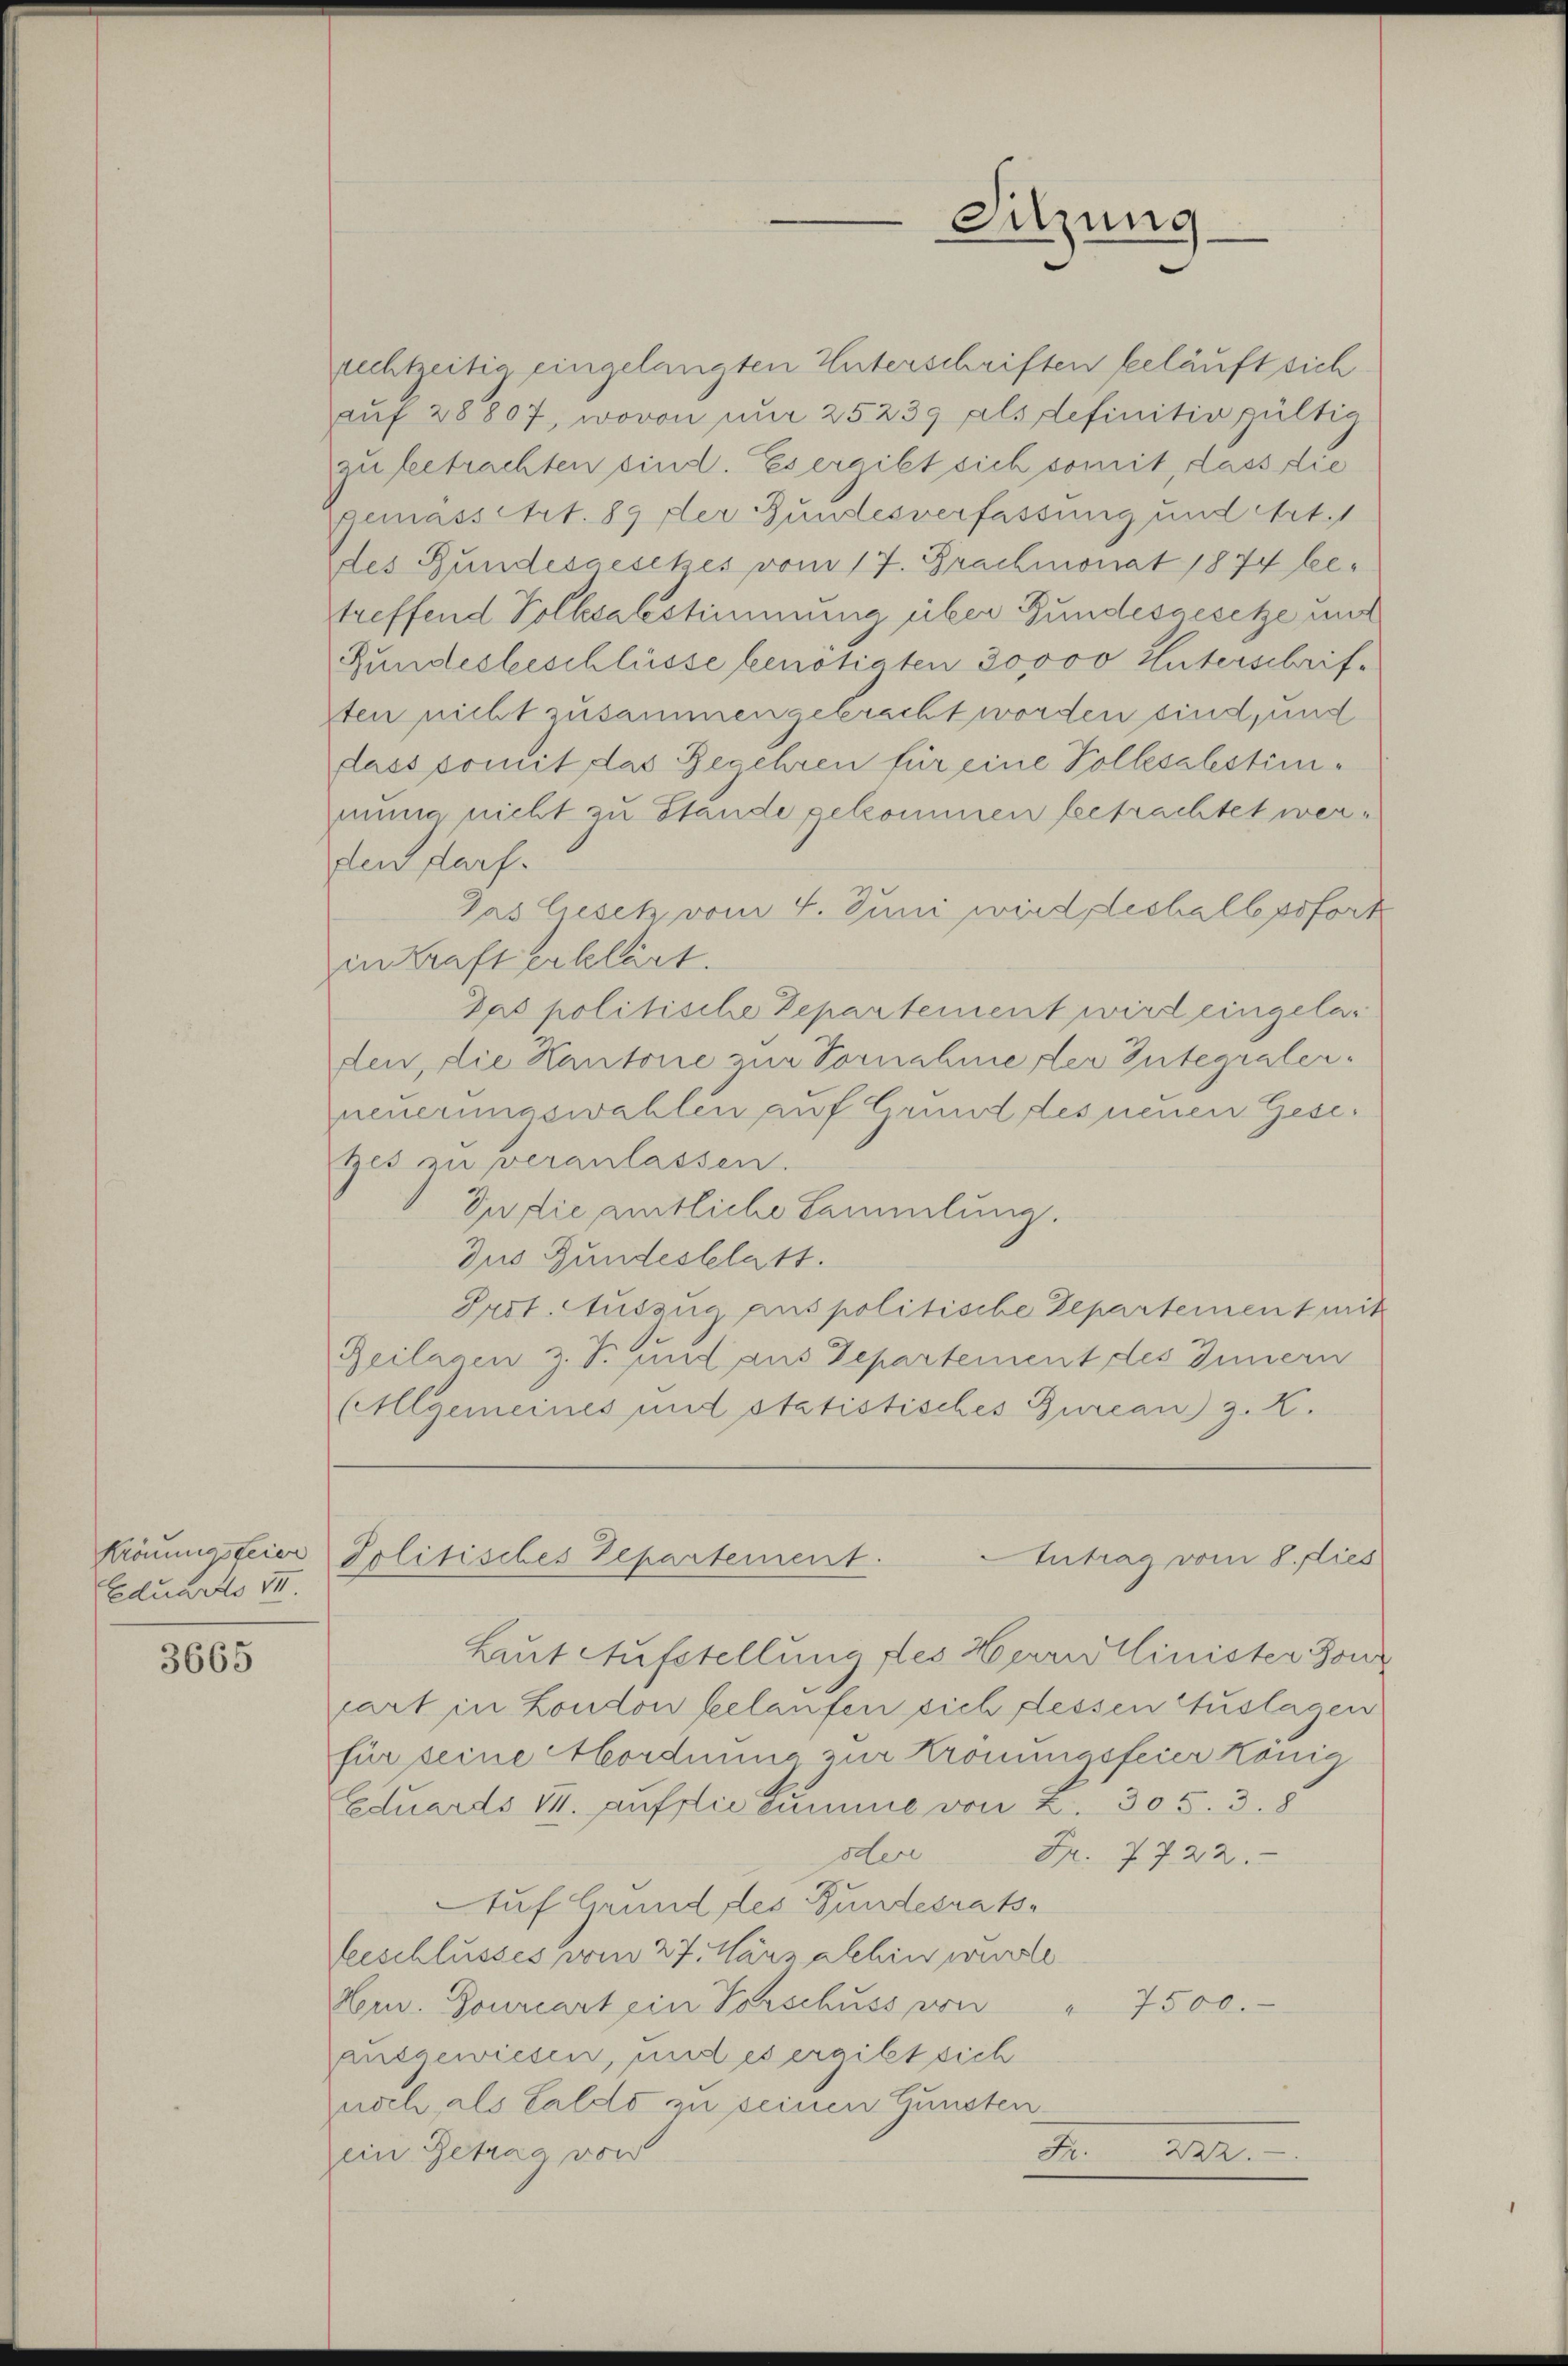
Krönungsfeier
Eduardo II.

3665

rechtzeitig eingelangten Unterschriften beläuft sich
aŭf 28807, wovon um 25239 als definitiv gültig
zu betrachten sind. Es ergibt sich somit dass die
gemassetzt. 89 der Bundesverfassung und Art. 1
des Bundesgesetes vom 17. Brachmonat 1874 betreffend Volksabstimmung über Bundesgesetze und
Fundesbeschlüsse benötigten Jovoo Unterschrif-
sten nicht zusammengebracht worden sind, und
dass somit das Begehren für eine Pollesalestimmung nicht zu Stande gekommen betrachtet werden darf.
Das Gesetz vom 4. Juni wird deshalb pofort
in Kraft erklärt.
Das politische Departement wird eingelas
den, die Kantone zur Vornahme der Integralerneuerungswahlen auf Grund des neuen Gesezes zu veranlassen.
In die amtliche Sammlung.
Dus Gundesblatt.
Prot. Auszug aus politische Departement mit
Beilagen z. T. und aus Departement des Innern
(Allgemeines und statistisches Burcan z. K.

Sitzung

Politisches Departement.
Antrag vom 8. dies

Laut Aufstellung des Herrn Minister Jour
art in London belaufen sich dessen Auslagen
für seine Mordnung zur Krönungsfeier König
Eduards VI. aufflie Summe von 2. 305. 3. 8
oder
Fr. 7722.
Auf Grund des Bundesratsfeeschlusses vom 27. März abhin werde
Hem. Gourcart ein Vorschuss von
7500.
ausgewiesen, und es ergibt sich
noch als Saldo zu seinen Gunsten¬
.
2.
ein Getrag von